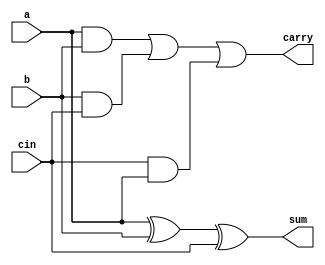
module FA(a,b,cin,sum,carry);
input a,b,cin;
output sum,carry;
assign sum=a^b^cin;
assign carry = (a&b)|(b&cin)|(cin&a) ;

endmodule


module HA(a,b,sum,carry);
input a,b;
output sum,carry;
assign sum=a^b;
assign carry=a&b;

endmodule


module full_adder(a,b,c,sum, carry);
input a, b, c;
output sum, carry;
assign sum=a^b^c;
assign carry=a&b | b&c | c&a;
endmodule

module ffull_adder(a,b,c,sum, carry);
input a, b, c;
output sum, carry;
assign sum=a^b^c;
assign carry=a&b | b&c | c&a;
endmodule

module sixteenbit(a,b,cin,sum,carry);
input [15:0] a,b;
input cin;
output [15:0] sum;
output carry;
wire [15:0] w;
full_adder FA0(a[0],b[0],cin,sum[0],w[0]);
full_adder FA1(a[1],b[1],w[0],sum[1],w[1]);
full_adder FA2(a[2],b[2],w[1],sum[2],w[2]);
full_adder FA3(a[3],b[3],w[2],sum[3],w[3]);
full_adder FA4(a[4],b[4],w[3],sum[4],w[4]);
full_adder FA5(a[5],b[5],w[4],sum[5],w[5]);
full_adder FA6(a[6],b[6],w[5],sum[6],w[6]);
full_adder FA7(a[7],b[7],w[6],sum[7],w[7]);
full_adder FA8(a[8],b[8],w[7],sum[8],w[8]);
full_adder FA9(a[9],b[9],w[8],sum[9],w[9]);
full_adder FA10(a[10],b[10],w[9],sum[10],w[10]);
full_adder FA11(a[11],b[11],w[10],sum[11],w[11]);
full_adder FA12(a[12],b[12],w[11],sum[12],w[12]);
full_adder FA13(a[13],b[13],w[12],sum[13],w[13]);
full_adder FA14(a[14],b[14],w[13],sum[14],w[14]);
full_adder FA15(a[15],b[15],w[14],sum[15],w[15]);
assign carry=w[15];
endmodule


module wallace(a,b,product);
input [7:0] a,b;
output [15:0] product;

wire [7:0]r0,r1,r2,r3,r4,r5,r6,r7;
// generating partial product

genvar i;
for(i=0; i<8; i=i+1)
begin
assign r0[i] = a[i] & b[0];
end
for(i=0; i<8; i=i+1)
begin
assign r1[i] = a[i] & b[1];
end
for(i=0; i<8; i=i+1)
begin
assign r2[i] = a[i] & b[2];
end
for(i=0; i<8; i=i+1)
begin
assign r3[i] = a[i] & b[3];
end
for(i=0; i<8; i=i+1)
begin
assign r4[i] = a[i] & b[4];
end
for(i=0; i<8; i=i+1)
begin
assign r5[i] = a[i] & b[5];
end
for(i=0; i<8; i=i+1)
begin
assign r6[i] = a[i] & b[6];
end
for(i=0; i<8; i=i+1)
begin
assign r7[i] = a[i] & b[7];
end


//iteration-1
wire [9:0]t0;
wire [7:0]c0;
assign t0[0]=r0[0];
HA h0(r0[1],r1[0],t0[1],c0[0]);

FA f0(r0[2],r1[1],r2[0],t0[2],c0[1]);
FA f1(r0[3],r1[2],r2[1],t0[3],c0[2]);
FA f2(r0[4],r1[3],r2[2],t0[4],c0[3]);
FA f3(r0[5],r1[4],r2[3],t0[5],c0[4]);
FA f4(r0[6],r1[5],r2[4],t0[6],c0[5]);
FA f5(r0[7],r1[6],r2[5],t0[7],c0[6]);

HA h1(r1[7],r2[6],t0[8],c0[7]);
assign t0[9]=r2[7];


wire [9:0]t1;
wire [7:0]c1;
assign t1[0]=r3[0];
HA h2(r3[1], r4[0],t1[1],c1[0]);

FA f6(r3[2], r4[1],r5[0],t1[2],c1[1]);
FA f7(r3[3], r4[2],r5[1],t1[3],c1[2]);
FA f8(r3[4], r4[3],r5[2],t1[4],c1[3]);
FA f9(r3[5], r4[4],r5[3],t1[5],c1[4]);
FA f10(r3[6],r4[5],r5[4],t1[6],c1[5]);
FA f11(r3[7],r4[6],r5[5],t1[7],c1[6]);

HA h3(r4[7],r5[6],t1[8],c1[7]);
assign t1[9]=r5[7];


//iteration-2
wire [12:0]t2;
wire [7:0]c2;
assign t2[0]=t0[0];
assign t2[1]=t0[1];
HA h4(t0[2],c0[0],t2[2],c2[0]);

FA f12(t0[3],c0[1],t1[0],t2[3],c2[1]);
FA f13(t0[4],c0[2],t1[1],t2[4],c2[2]);
FA f14(t0[5],c0[3],t1[2],t2[5],c2[3]);
FA f15(t0[6],c0[4],t1[3],t2[6],c2[4]);
FA f16(t0[7],c0[5],t1[4],t2[7],c2[5]);
FA f17(t0[8],c0[6],t1[5],t2[8],c2[6]);
FA f18(t0[9],c0[7],t1[6],t2[9],c2[7]);

assign t2[10]=t1[7];
assign t2[11]=t1[8];
assign t2[12]=t1[9];
///////////////////////

wire [9:0]t3;
wire [7:0]c3;
assign t3[0]=c1[0];
HA h5(c1[1],r6[0],t3[1],c3[0]);

FA f19(c1[2],r6[1],r7[0],t3[2],c3[1]);
FA f20(c1[3],r6[2],r7[1],t3[3],c3[2]);
FA f21(c1[4],r6[3],r7[2],t3[4],c3[3]);
FA f22(c1[5],r6[4],r7[3],t3[5],c3[4]);
FA f23(c1[6],r6[5],r7[4],t3[6],c3[5]);
FA f24(c1[7],r6[6],r7[5],t3[7],c3[6]);

HA h14(r6[7],r7[6],t3[8],c3[7]);
assign t3[9]=r7[7];


//iteration-3
wire [14:0]t4;
wire [9:0]c4;
assign t4[0]=t2[0];
assign t4[1]=t2[1];
assign t4[2]=t2[2];
HA h6(t2[3],c2[0],t4[3],c4[0]);
HA h7(t2[4],c2[1],t4[4],c4[1]);

FA f25(t2[5],c2[2],t3[0],t4[5],c4[2]);
FA f26(t2[6],c2[3],t3[1],t4[6],c4[3]);
FA f27(t2[7],c2[4],t3[2],t4[7],c4[4]);
FA f28(t2[8],c2[5],t3[3],t4[8],c4[5]);
FA f29(t2[9],c2[6],t3[4],t4[9],c4[6]);
FA f30(t2[10],c2[7],t3[5],t4[10],c4[7]);

HA h8(t2[11],t3[6],t4[11],c4[8]);//
HA h9(t2[12],t3[7],t4[12],c4[9]);
assign t4[13]=t3[8];
assign t4[14]=t3[9];


//iteration-4
wire [14:0]t5;
wire [10:0]c5;
assign t5[0]=t4[0];
assign t5[1]=t4[1];
assign t5[2]=t4[2];
assign t5[3]=t4[3];
HA h10(t4[4],c4[0],t5[4],c5[0]);
HA h11(t4[5],c4[1],t5[5],c5[1]);
HA h12(t4[6],c4[2],t5[6],c5[2]);

FA f31(t4[7],c4[3],c3[0],t5[7],c5[3]);
FA f32(t4[8],c4[4],c3[1],t5[8],c5[4]);
FA f33(t4[9],c4[5],c3[2],t5[9],c5[5]);
FA f34(t4[10],c4[6],c3[3],t5[10],c5[6]);
FA f35(t4[11],c4[7],c3[4],t5[11],c5[7]);
FA f36(t4[12],c4[8],c3[5],t5[12],c5[8]);
FA f37(t4[13],c4[9],c3[6],t5[13],c5[9]);

HA h15(t4[14],c3[7],t5[14],c5[10]);


//last iteration
wire [10:0]carry;
assign product[0]=t5[0];
assign product[1]=t5[1];
assign product[2]=t5[2];
assign product[3]=t5[3];
assign product[4]=t5[4];

FA f38(t5[5],c5[0],1'b0,product[5],carry[0]);
FA f39(t5[6],c5[1],carry[0],product[6],carry[1]);
FA f40(t5[7],c5[2],carry[1],product[7],carry[2]);
FA f41(t5[8],c5[3],carry[2],product[8],carry[3]);
FA f42(t5[9],c5[4],carry[3],product[9],carry[4]);
FA f43(t5[10],c5[5],carry[4],product[10],carry[5]);
FA f44(t5[11],c5[6],carry[5],product[11],carry[6]);
FA f45(t5[12],c5[7],carry[6],product[12],carry[7]);
FA f46(t5[13],c5[8],carry[7],product[13],carry[8]);
FA f47(t5[14],c5[9],carry[8],product[14],carry[9]);

HA h13(c5[10],carry[9],product[15],carry[10]);
endmodule

module twentyfourbit(a,b,cin,sum,carry);
input [23:0] a,b;
input cin;
output [23:0] sum;
output carry;
wire [23:0] w;
ffull_adder FA0(a[0],b[0],cin,sum[0],w[0]);
ffull_adder FA1(a[1],b[1],w[0],sum[1],w[1]);
ffull_adder FA2(a[2],b[2],w[1],sum[2],w[2]);
ffull_adder FA3(a[3],b[3],w[2],sum[3],w[3]);
ffull_adder FA4(a[4],b[4],w[3],sum[4],w[4]);
ffull_adder FA5(a[5],b[5],w[4],sum[5],w[5]);
ffull_adder FA6(a[6],b[6],w[5],sum[6],w[6]);
ffull_adder FA7(a[7],b[7],w[6],sum[7],w[7]);
ffull_adder FA8(a[8],b[8],w[7],sum[8],w[8]);
ffull_adder FA9(a[9],b[9],w[8],sum[9],w[9]);
ffull_adder FA10(a[10],b[10],w[9],sum[10],w[10]);
ffull_adder FA11(a[11],b[11],w[10],sum[11],w[11]);
ffull_adder FA12(a[12],b[12],w[11],sum[12],w[12]);
ffull_adder FA13(a[13],b[13],w[12],sum[13],w[13]);
ffull_adder FA14(a[14],b[14],w[13],sum[14],w[14]);
ffull_adder FA15(a[15],b[15],w[14],sum[15],w[15]);
ffull_adder FA16(a[16],b[16],w[15],sum[16],w[16]);
ffull_adder FA17(a[17],b[17],w[16],sum[17],w[17]);
ffull_adder FA18(a[18],b[18],w[17],sum[18],w[18]);
ffull_adder FA19(a[19],b[19],w[18],sum[19],w[19]);
ffull_adder FA20(a[20],b[20],w[19],sum[20],w[20]);
ffull_adder FA21(a[21],b[21],w[20],sum[21],w[21]);
ffull_adder FA22(a[22],b[22],w[21],sum[22],w[22]);
ffull_adder FA23(a[23],b[23],w[22],sum[23],w[23]);
assign carry=w[23];
endmodule


module mul(a,b,c);
input [15:0]a;
input [15:0]b;
output [35:0]c;

wire [15:0]q0;
wire [15:0]q1;
wire [15:0]q2;
wire [15:0]q3;
wire [35:0]c;
wire [15:0]temp1;
wire [23:0]temp2;
wire [23:0]temp3;
wire [23:0]temp4;
wire [15:0]q4;
wire [23:0]q5;
wire [23:0]q6;

wire cin1,cin2,cin3,c1,c2,c3;
assign cin1=0;
assign cin2=0;
assign cin3=0;
// using 4 8x8 multipliers
wallace z1(a[7:0],b[7:0],q0[15:0]);
wallace z2(a[15:8],b[7:0],q1[15:0]);
wallace z3(a[7:0],b[15:8],q2[15:0]);
wallace z4(a[15:8],b[15:8],q3[15:0]);

// stage 1 adders
assign temp1 ={8'b0,q0[15:8]};
sixteenbit z5(q1[15:0],temp1,cin1,q4,c1);
assign temp2 ={8'b0,q2[15:0]};
assign temp3 ={q3[15:0],8'b0};
twentyfourbit z6(temp2,temp3,cin2,q5,c2);
assign temp4={8'b0,q4[15:0]};

//stage 2 adder
twentyfourbit z7(temp4,q5,cin3,q6,c3);
// fnal output assignment
assign c[7:0]=q0[7:0];
assign c[31:8]=q6[23:0];
assign c[35:32]=16'b0;

endmodule


module top;
reg [15:0]a;
reg [15:0]b;
wire [35:0] result;

mul W(a,b,result);
integer i;

initial
begin
if($value$plusargs("a=%d",a) && $value$plusargs("b=%d",b));
end

initial
begin
	$monitor("%d",result);
end

endmodule